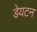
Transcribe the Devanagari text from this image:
डेयटन